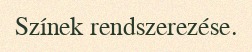
Színek rendszerezése.